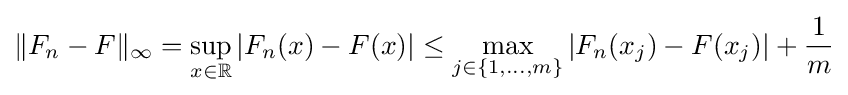
\|F_{n}-F\|_{\infty }=\sup _{x\in \mathbb {R} }|F_{n}(x)-F(x)|\leq \max _{j\in \{1,\dots ,m\}}|F_{n}(x_{j})-F(x_{j})|+{\frac {1}{m}}